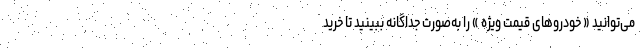
می‌توانید « خودروهای قیمت ویژه » را به‌صورت جداگانه ببینید تا خرید